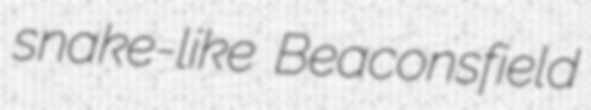
snake-like Beaconsfield